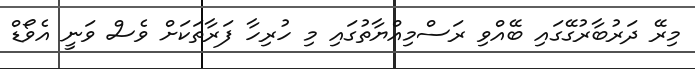
މިރޭ ދަރުބާރުގޭގައި ބޭއްވި ރަސްމިއްޔާތުގައި މި ހުރިހާ ފަރާތަކަށް ވެސް ވަނީ އެވޯޑް